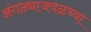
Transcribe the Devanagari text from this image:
अंगठ्याजवळच्या